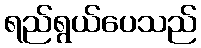
ရည်ရွယ်ပေသည်